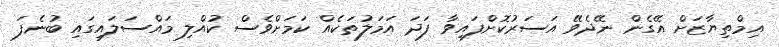
އިމްތިޔާޒަށް އޭގެން ނޭދެވޭ އަސަރުކޮށްފައިވާ ފަދަ އަމަލުތަކެއް ކަމަށްވެސް ކުއްލި މައްސަލައިގައި ބުނެފަ